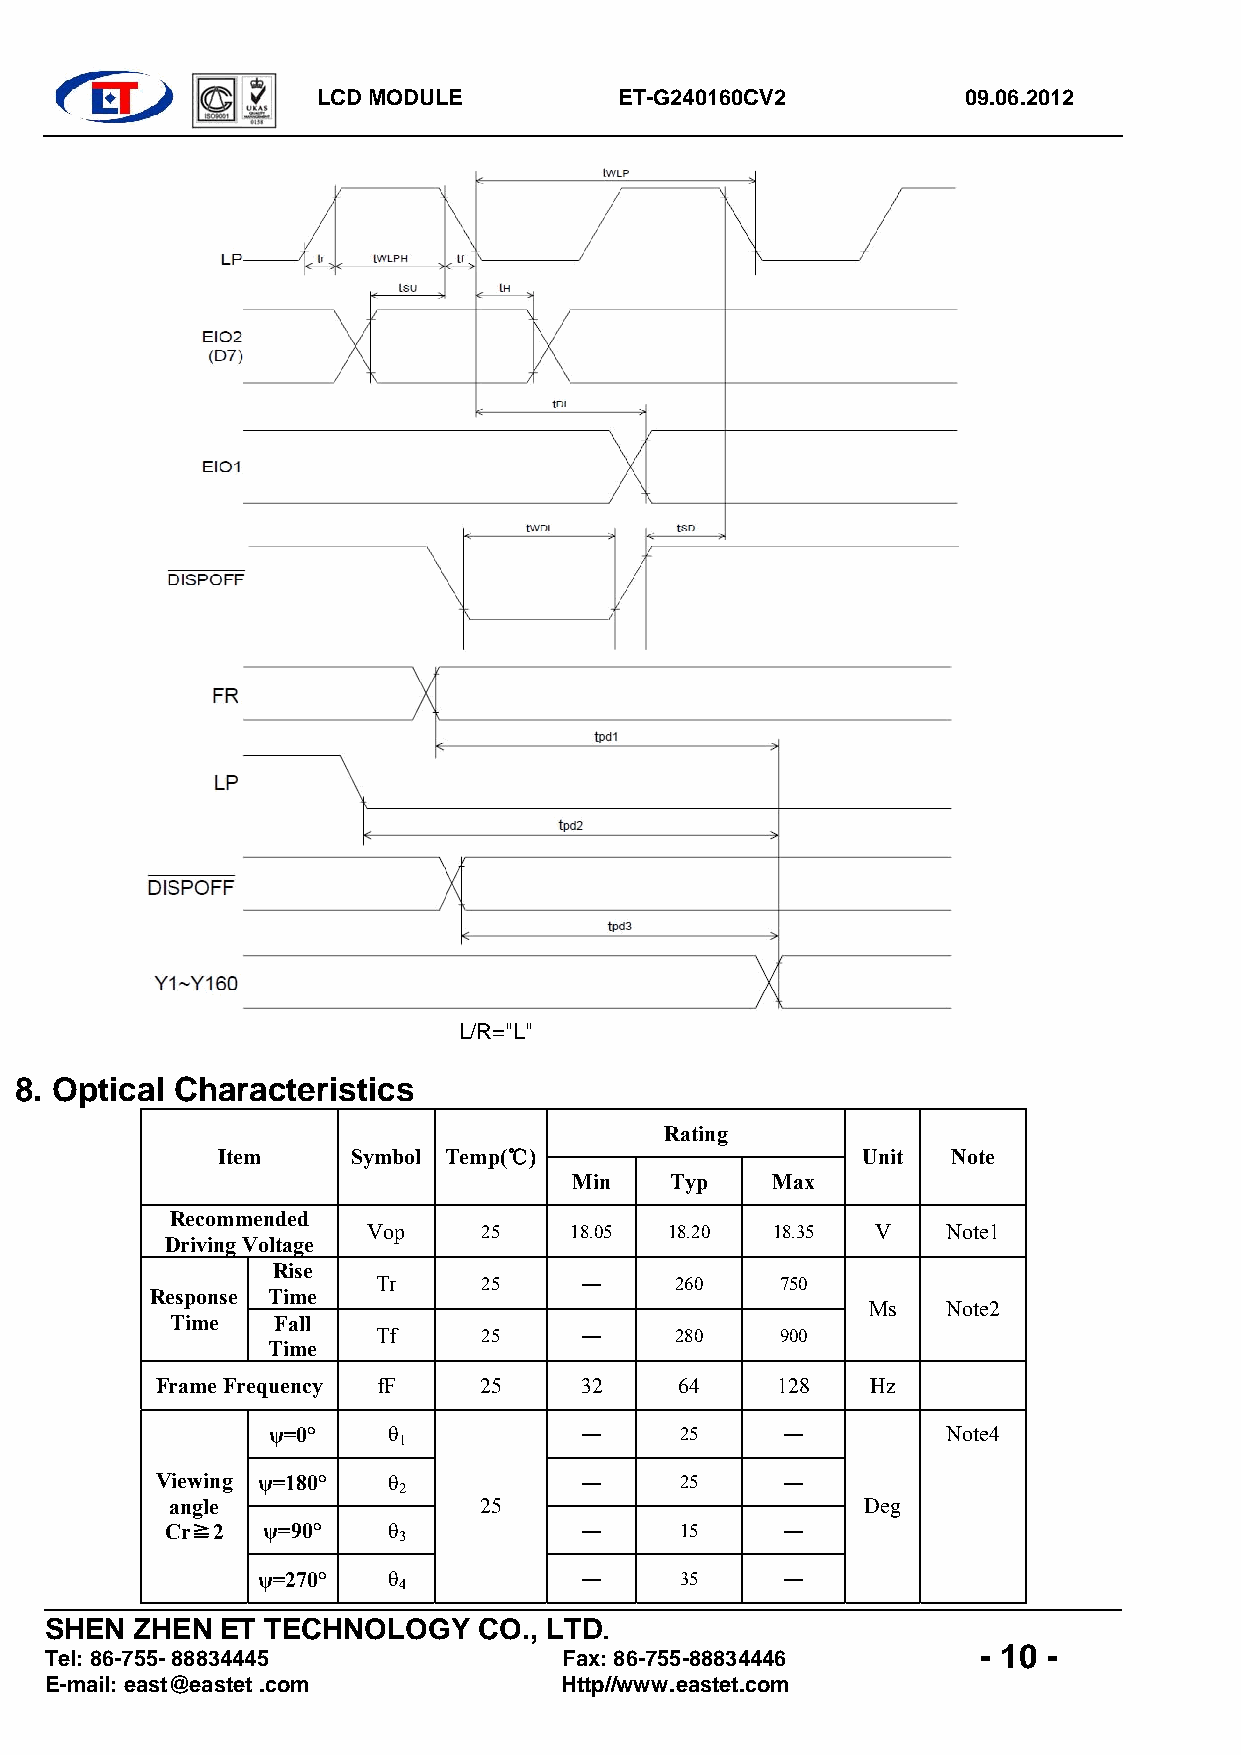
LCD MODULE          ET-G240160CV2          09.06.2012
 L/R="L"
 8. Optical Characteristics
 Rating
 Item     Symbol Temp(℃)                    Unit  Note
 Min   Typ    Max
 Recommended
 Vop     25    18.05 18.20  18.35  V    Note1
 Driving Voltage
 Rise
 Tr     25     —     260    750
 Response Time
 Ms    Note2
 Time   Fall
 Tf     25     —     280    900
 Time
 Frame Frequency fF    25    32     64    128    Hz
 ψ=0°    θ            —     25     —          Note4
 1
 Viewing ψ=180°  θ            —     25     —
 2
 angle                25                       Deg
 Cr≧2  ψ=90°    θ            —     15     —
 3
 ψ=270°   θ            —     35     —
 4
 SHEN  ZHEN  ET TECHNOLOGY    CO., LTD.
 - 10 -
 Tel: 86-755- 88834445             Fax: 86-755-88834446
 E-mail: east@eastet .com          Http//www.eastet.com